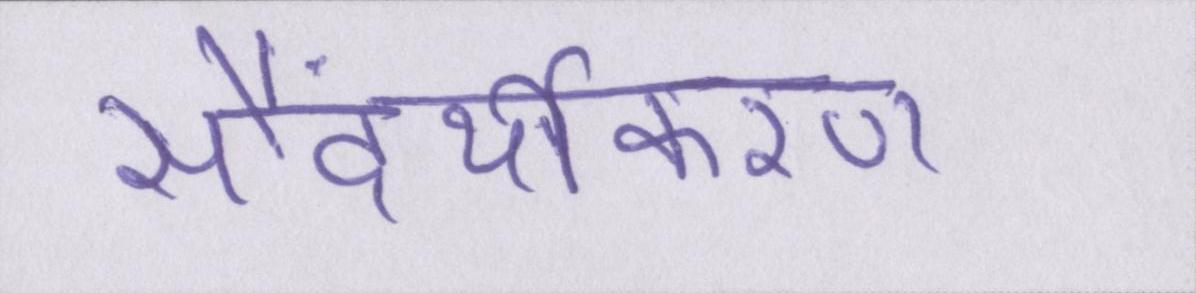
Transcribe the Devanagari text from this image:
सौंदर्यीकरण